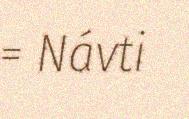
= Návti